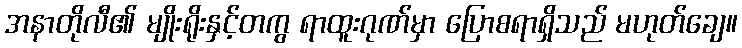
အနာတိုလီ၏ မျိုးရိုးနှင့်တကွ ရာထူးဂုဏ်မှာ ပြောစရာရှိသည် မဟုတ်ချေ။